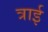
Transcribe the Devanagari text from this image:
त्राई